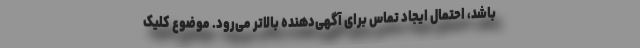
باشد، احتمال ایجاد تماس برای آگهی‌دهنده بالاتر می‌رود. موضوع کلیک